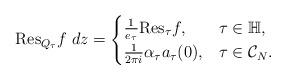
LaTeX: \begin{align*}\mathrm{Res}_{Q_{\tau}} f\;dz= \begin{cases}\frac{1}{e_{\tau}} \mathrm{Res}_{\tau} f, & \tau\in \mathbb{H}, \\ \frac{1}{2\pi i}\alpha_{\tau} a_{\tau}(0), & \tau\in \mathcal{C}_N.\end{cases}\end{align*}